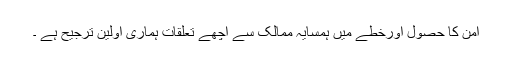
امن کا حصول اورخطے میں ہمسایہ ممالک سے اچھے تعلقات ہماری اولین ترجیح ہے ۔